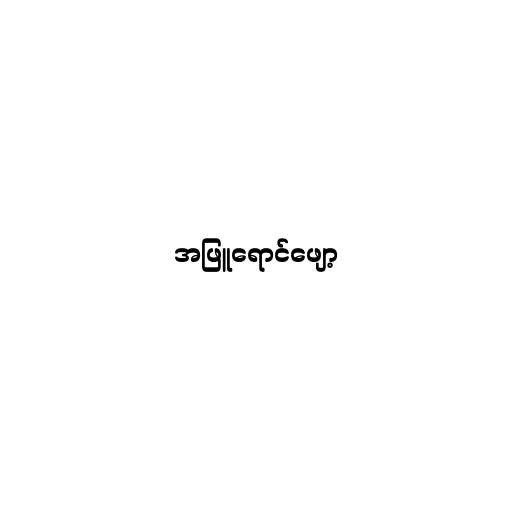
အဖြူရောင်ဖျော့